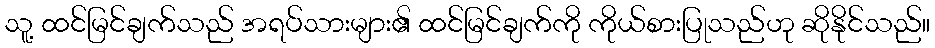
သူ့ ထင်မြင်ချက်သည် အရပ်သားများ၏ ထင်မြင်ချက်ကို ကိုယ်စားပြုသည်ဟု ဆိုနိုင်သည်။